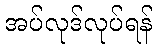
အပ်လုဒ်လုပ်ရန်